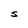
Character: S